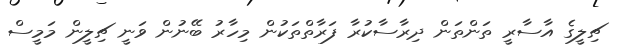
ޗިލީގެ އާސާރީ ތަންތަން ދިރާސާކުރާ ފަރާތްތަކުން މިހާރު ބޭނުން ވަނީ ޗިލީން މަމީސް